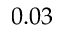
0 . 0 3